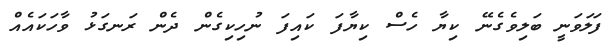
ފަލަވަނީ ބަލިވެގެނޭ ކިޔާ ހެސް ކިޔާފަ ކައިފަ ނުހިކިގެން ދެން ރަނގަޅު ވާހަކައެއް